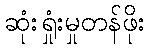
ဆုံးရှုံးမှုတန်ဖိုး